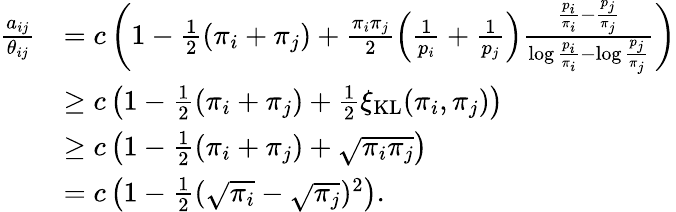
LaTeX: \begin{array}{rl}{\frac{a_{ij}}{\theta_{ij}}}&{=c\left(1-\frac{1}{2}(\pi_{i}+\pi_{j})+\frac{\pi_{i}\pi_{j}}{2}\left(\frac{1}{p_{i}}+\frac{1}{p_{j}}\right)\frac{\frac{p_{i}}{\pi_{i}}-\frac{p_{j}}{\pi_{j}}}{\log\frac{p_{i}}{\pi_{i}}-\log\frac{p_{j}}{\pi_{j}}}\right)}\\ &{\geq c\left(1-\frac{1}{2}(\pi_{i}+\pi_{j})+\frac{1}{2}\xi_{\mathrm{KL}}(\pi_{i},\pi_{j})\right)}\\ &{\geq c\left(1-\frac{1}{2}(\pi_{i}+\pi_{j})+\sqrt{\pi_{i}\pi_{j}}\right)}\\ &{=c\left(1-\frac{1}{2}(\sqrt{\pi_{i}}-\sqrt{\pi_{j}})^{2}\right).}\end{array}